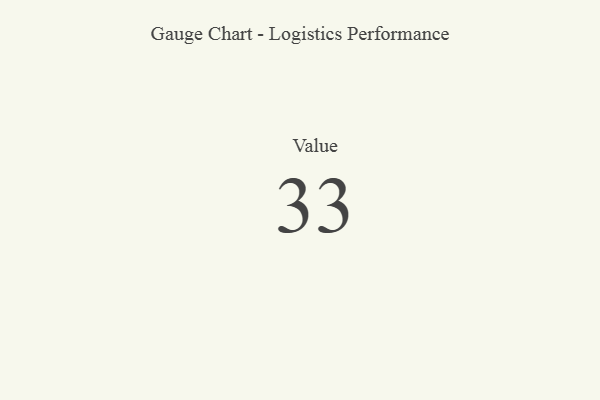
{"axis": {"x": "Metric", "y": "Value"}, "legend": [""], "data": [{"x": "Value", "y": 33, "type": ""}]}